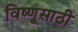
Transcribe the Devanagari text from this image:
विष्णूसाठी